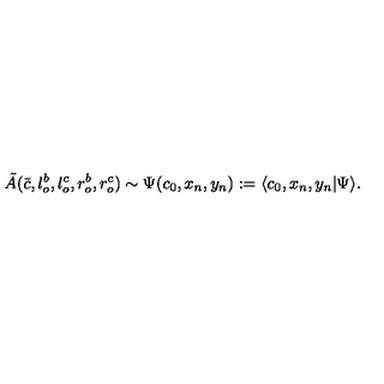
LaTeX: { \tilde { A } } ( \bar { c } , l _ { o } ^ { b } , l _ { o } ^ { c } , r _ { o } ^ { b } , r _ { o } ^ { c } ) \sim \Psi ( c _ { 0 } , x _ { n } , y _ { n } ) : = \langle c _ { 0 } , x _ { n } , y _ { n } | \Psi \rangle .